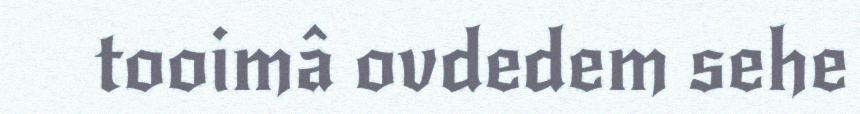
tooimâ ovdedem sehe